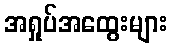
အရှုပ်အထွေးများ